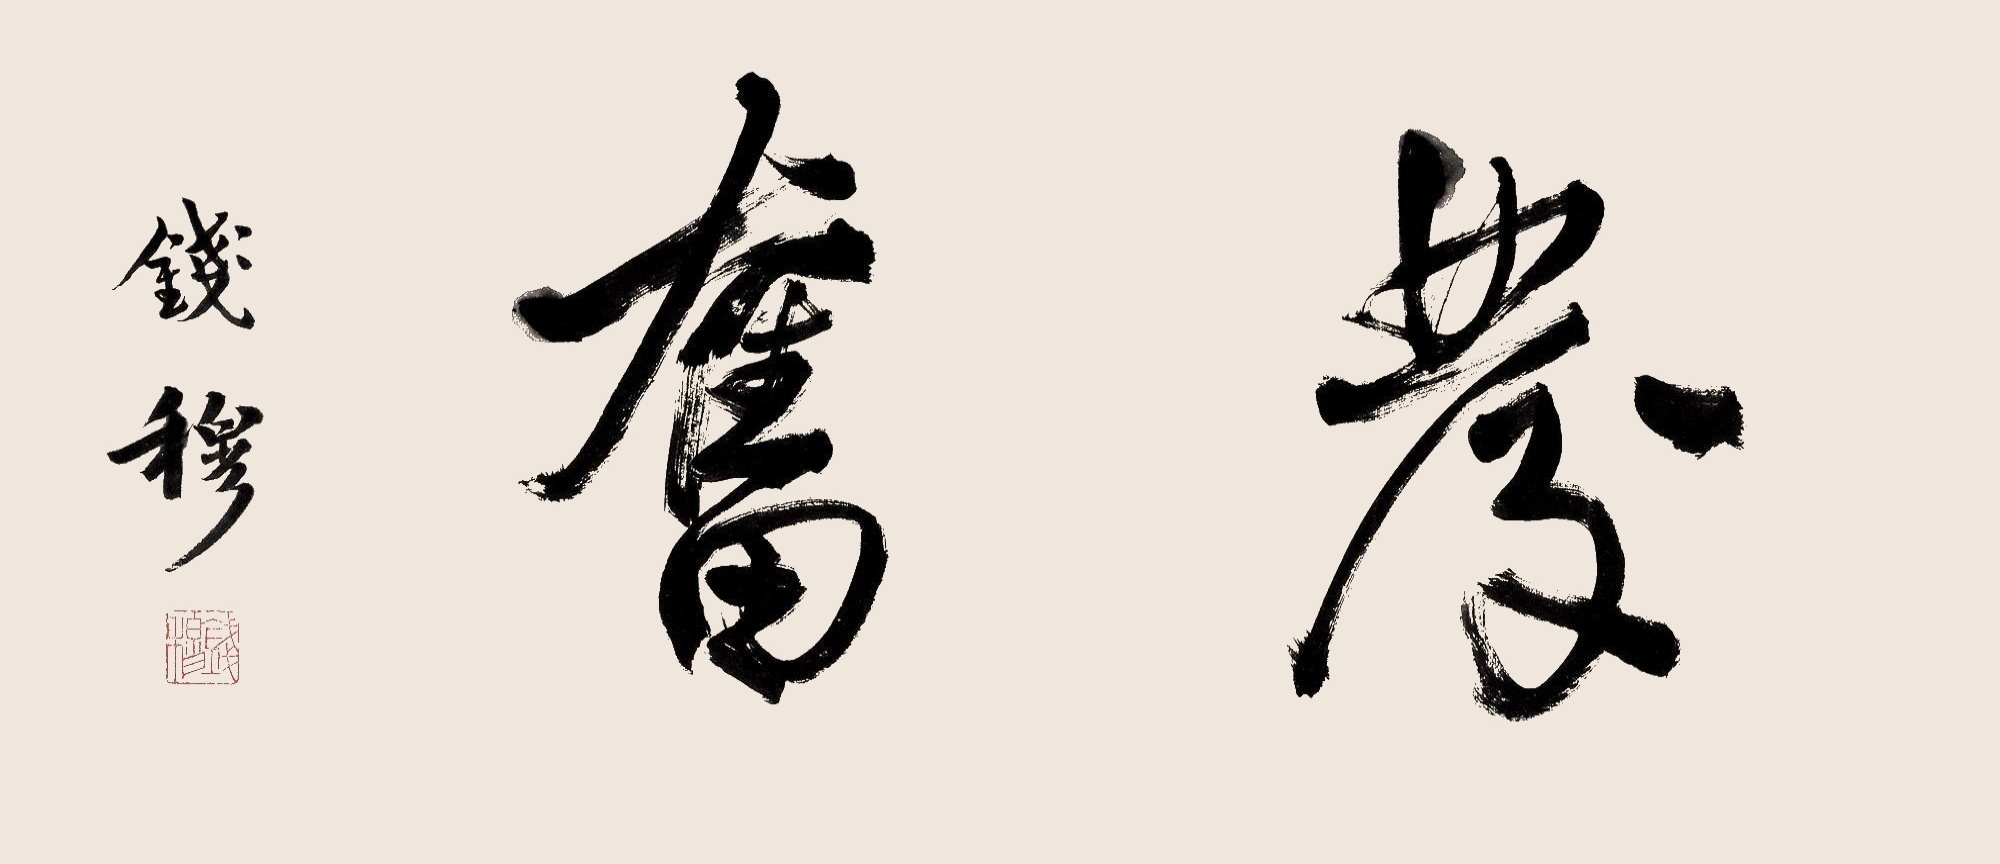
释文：发奋。钱穆。